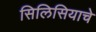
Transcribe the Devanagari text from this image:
सिलिसियाचे